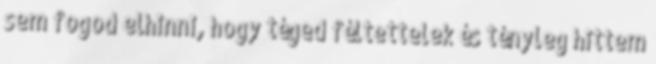
sem fogod elhinni, hogy téged féltettelek és tényleg hittem